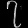
Digit: ၇